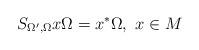
LaTeX: \begin{align*}S_{\Omega ^{\prime },\Omega }x\Omega =x^{*}\Omega ,\,\,x\in M\end{align*}